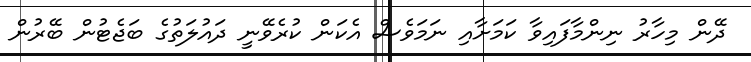
ދޭން މިހާރު ނިންމާފައިވާ ކަމަށާއި ނަމަވެސް އެކަން ކުރެވޭނީ ދައުލަތުގެ ބަޖެޓުން ބޭރުން